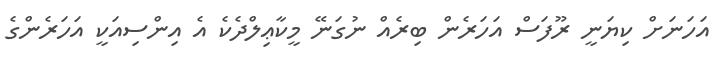
އަހަނަށް ކިޔަނީ ރޫފަސް އަހަރެން ބިރެއް ނުގަނޭ މީކާޢިލްދެކެ އެ އިންސިއަކީ އަހަރެންގެ